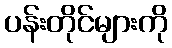
ပန်းတိုင်များကို